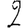
Digit: 2